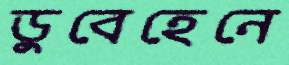
ডুবেহেনে